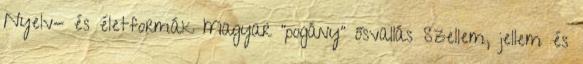
Nyelv- és életformák Magyar "pogány" ősvallás Szellem, jellem és